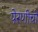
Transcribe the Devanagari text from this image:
पेरणीची